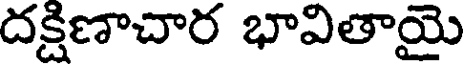
దక్షిణాచార భావితాయై